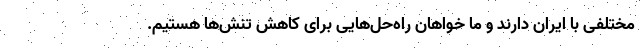
مختلفی با ایران دارند و ما خواهان راه‌حل‌هایی برای کاهش تنش‌ها هستیم.